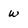
Character: w